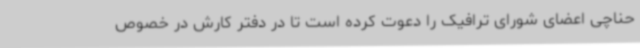
حناچی اعضای شورای ترافیک را دعوت کرده است تا در دفتر کارش در خصوص